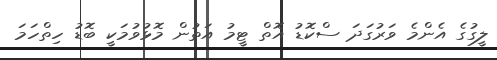
ލީގުގެ އެންމެ ވަރުގަދަ ސްކޮޑު އޮތް ޓީމު އަތުން މޮޅުވުމަކީ ބޮޑު ހިތްހަމަ